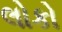
લોકો